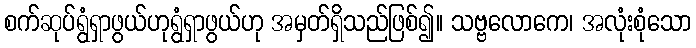
စက်ဆုပ်ရွံရှာဖွယ်ဟုရွံရှာဖွယ်ဟု အမှတ်ရှိသည်ဖြစ်၍။ သဗ္ဗလောကေ၊ အလုံးစုံသော